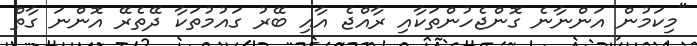
"މިކަމުން އަންނާނެ ގޮންޖެހުންތަކާއި ރާއްޖެ އާއި ބޭރު ގައުމުތަކާ ދޭތެރޭ އޮންނަ ގާތް